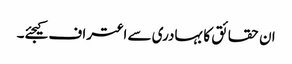
ان حقائق کا بہادری سے اعتراف کیجئے۔